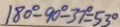
1 8 0 ^ { \circ } - 9 0 ^ { \circ } - 3 7 ^ { \circ } = 5 3 ^ { \circ }